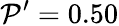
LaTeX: \mathcal{P}^{\prime}=0.50